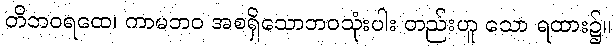
တိဘဝရထေ၊ ကာမဘဝ အစရှိသောဘဝသုံးပါး တည်းဟူ သော ရထား၌။